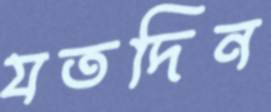
যতদিন